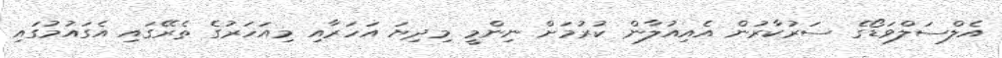
އެލްސަލްވަޑޯގެ ސަރުކާރުން އެއިއުލާން ކުރުމަށް ނިންމީ މިދިޔަ އަހަރާއި މިއަހަރުގެ ތެރޭގައި އެގައުމުގައި